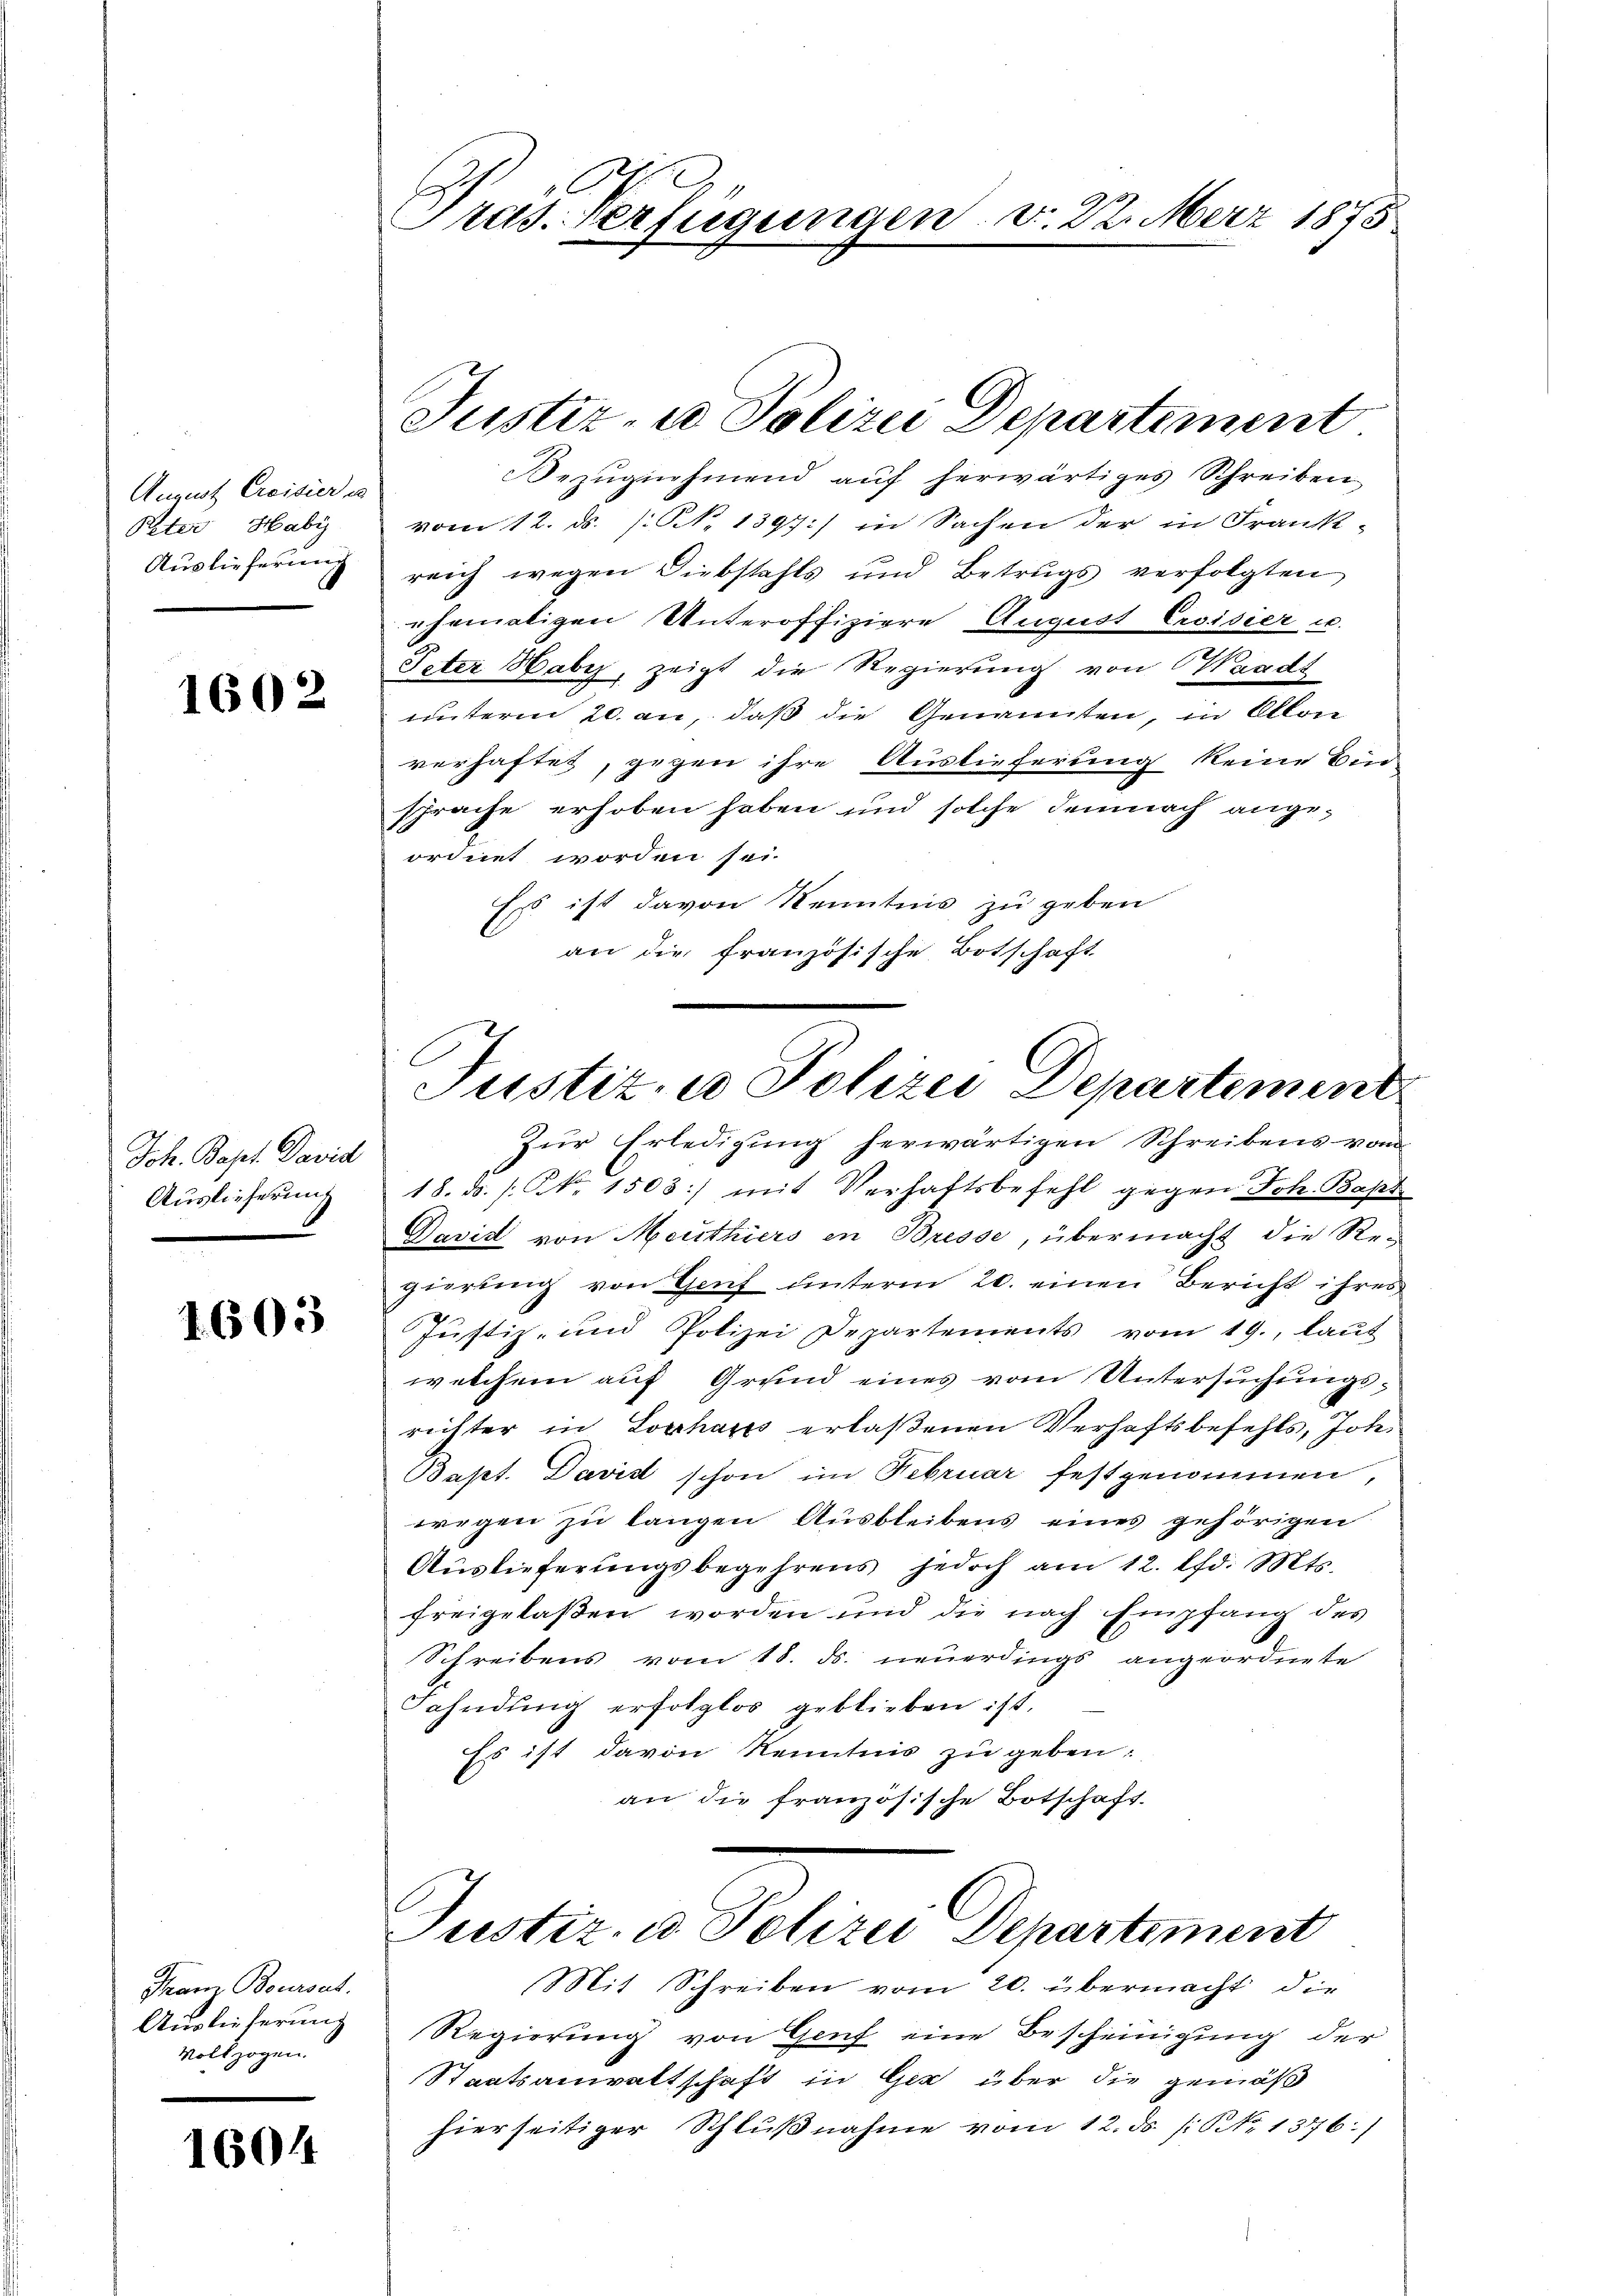
August Creivier es
Peter Habi
Auslieferung

1602

Joh. Bapt. David
Auslieferung

1603

Franz Boursat
Auslieferung
Vollzogen.

1604

Präs. Verfügungen v. 22. März 1875.

Bezŭgnehmend auf herwärtiges Schreiben
vom 12. ds. /: No 1397) in Sachen der in Frank-
reich wegen Diebstahls und Betrugs verfolgten
ehemaligen Unteroffiziere August Eroisier u.
Peter Habe, zeigt die Regierung von Waadt
unterm 20. an, daß die Genannten in Allen
verhaftet, gegen ihre Auslieferung keine Bin-
sprache erhoben haben und solche demnach angeordnet worden sei.
Es ist davon Kenntnis zu geben
an die französische Botschaft
Zur Erledigung herwärtigen Schreibens von
18. ds. / NNo. 1503] mit Verhaftsbefehl gegen Joh. Bapt
David von Menthiers in Bresse, übermacht die Regierung von Genf unterm 20. einen Bericht ihres
Justiz- und Polizei Departements vom 19., laut
welchem auf Grund eines vom Untersuchungsrichter in Lochaus erlaßenen Verhaftsbefehls, Joh.
Bapt. Davist schon im Februar festgenommen,
wegen zu langen Ausbleibens eines gehörigen
Auslieferŭngsbegehrens jedoch am 12. d. Mts.
freigelaßen worden und die nach Empfang des
Schreibens vom 18. ds. neuerdings angeordnete
Fahndung erfolglos geblieben ist,
Es ist davon Kenntnis zu geben:
an die französische Botschaft.

Justiz- u Polizei Departement

Regierung von Genf eine Bescheinigung der
Staatsanwaltschaft in Ger über die gemäß
hierseitiger Schlußnahme vom 12. ds /: NNo. 1376.)

.
Justiz- u Polizei Departement

Justiz- & Polizei Departement
Mit Schreiben vom 20. übermacht, die